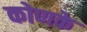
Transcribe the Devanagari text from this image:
कोणके